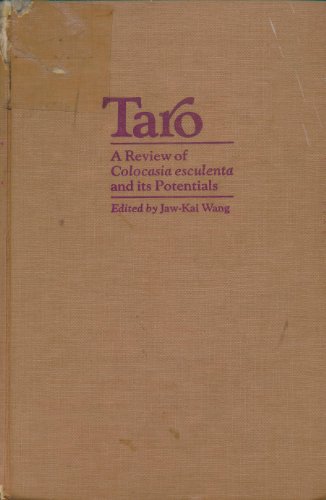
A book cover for Taro: A Review of Colocasia Esculenta and Its Potentials; Science & Math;